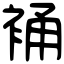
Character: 𧚔